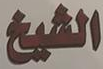
الشيخ